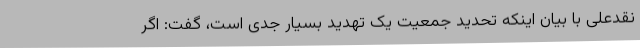
نقدعلی با بیان اینکه تحدید جمعیت یک تهدید بسیار جدی است، گفت: اگر